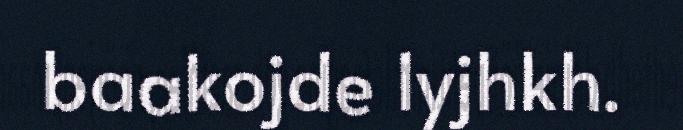
baakojde lyjhkh.